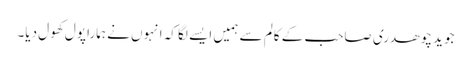
جوید چوھدری صاحب کے کالم سے ہمیں ایسے لگا کہ انہوں نے ہمارا پول کھول دیا۔